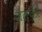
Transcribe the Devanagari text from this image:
जलयंत्र